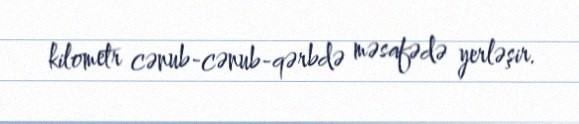
kilometr cənub-cənub-qərbdə məsafədə yerləşir.